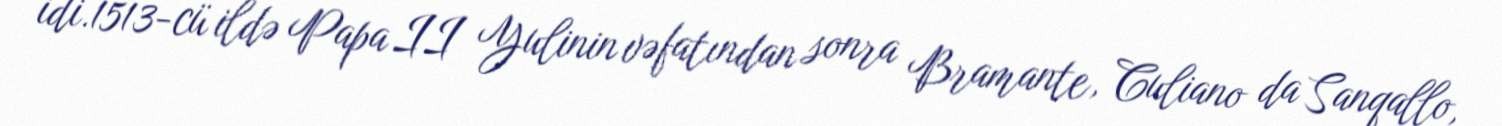
idi.1513-cü ildə Papa II Yulinin vəfatından sonra Bramante, Culiano da Sanqallo,